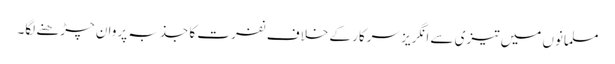
مسلمانوں میں تیزی سے انگریز سرکار کے خلاف نفرت کا جذبہ پروان چڑھنے لگا۔